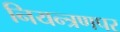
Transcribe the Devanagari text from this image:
नियन्त्रणपर